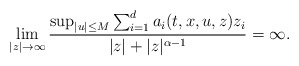
\begin{align*}\lim_{|z|\rightarrow\infty}\dfrac{\sup_{|u|\leq M} \sum_{i=1}^d a_i (t,x,u,z) z_i}{|z| + |z|^{\alpha - 1}} = \infty .\end{align*}